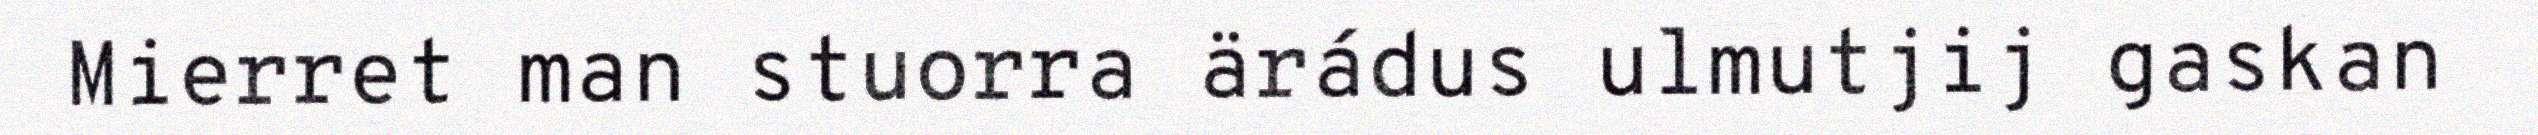
Mierret man stuorra ärádus ulmutjij gaskan